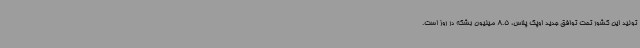
تولید این کشور تحت توافق جدید اوپک پلاس، 8.5 میلیون بشکه در روز است.